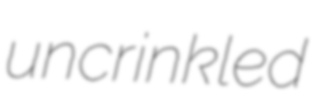
uncrinkled